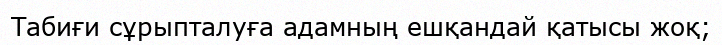
Табиғи сұрыпталуға адамның ешқандай қатысы жоқ;